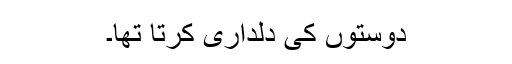
دوستوں کی دلداری کرتا تھا۔